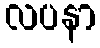
လပနာ